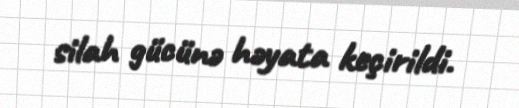
silah gücünə həyata keçirildi.